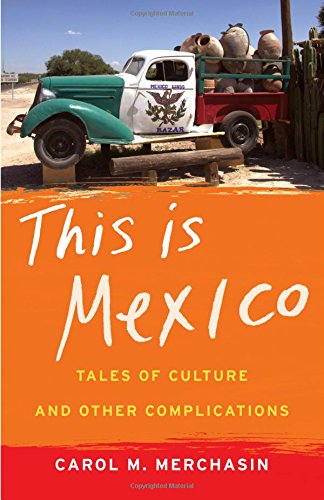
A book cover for This Is Mexico: Tales of Culture and Other Complications; Carol M. Merchasin; Biographies & Memoirs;